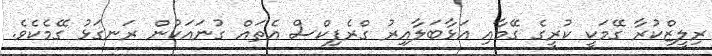
ރިލީޒްކުރާ ގޭމަކީ ކުރީގެ ގޭމާއި އަޅާބަލާއިރު ގްރެފިކްސް އެތައް ގުނައަކުން ރަނގަޅު ގޭމެކެވެ.